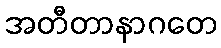
အတီတာနာဂတေ